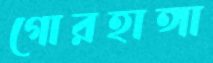
গোরহাঙ্গা